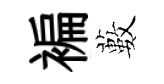
褊藪